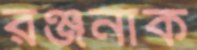
রঞ্জনাক